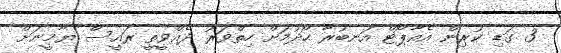
3 ގަޑި ކުރިން އެއާޕޯޓް އަނބުރާ ހޯދުމަށް ހިތްވަރު ދެއްވީތީ ރައީސް ޔާމީނަށް